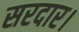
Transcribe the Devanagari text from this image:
सरदार।